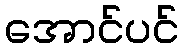
အောင်ပင်